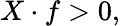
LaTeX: X\cdot f>0,